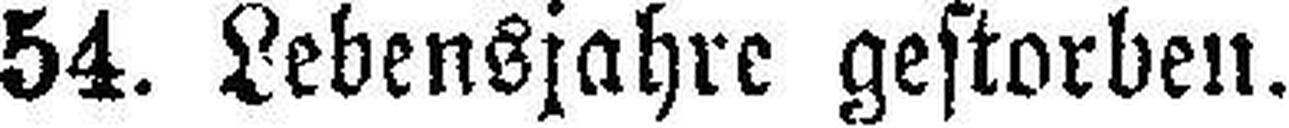
54. Lebensjahre gestorben.